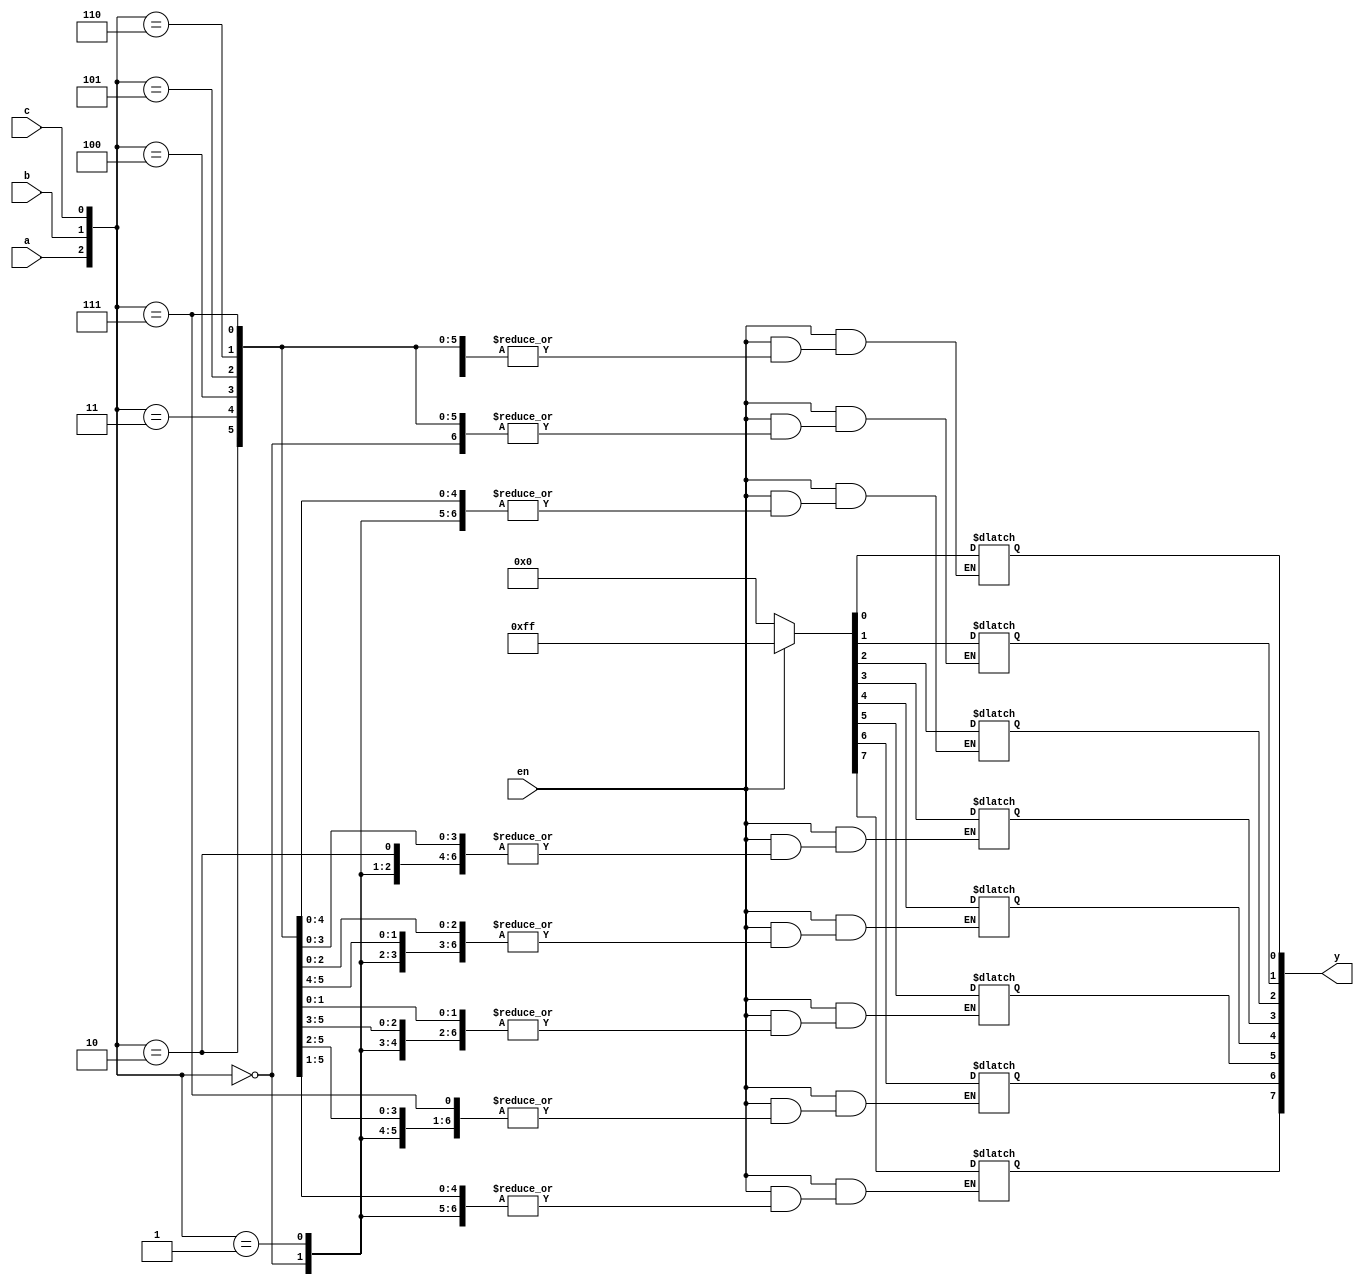
module decoder_3_8_str(a,b,c,y,en);
input a,b,c,en;
output [7:0]y;
reg [7:0]y;
always @(a or b or c or en)
begin
    if(en==1)
        case({a,b,c})
            3'b000: begin y[0]=1'b1;end
            3'b001: begin y[1]=1'b1;end
            3'b010: begin y[2]=1'b1;end
            3'b011: begin y[3]=1'b1;end
            3'b100: begin y[4]=1'b1;end
            3'b101: begin y[5]=1'b1;end
            3'b110: begin y[6]=1'b1;end
            3'b111: begin y[7]=1'b1;end
        endcase
    else
         y=8'b0;
end
endmodule